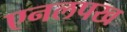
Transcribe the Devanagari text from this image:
एनलपख